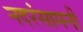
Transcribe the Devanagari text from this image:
नदरंसामनी